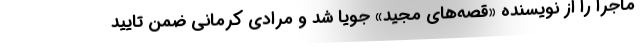
ماجرا را از نویسنده «قصه‌های مجید» جویا شد و مرادی ‌کرمانی ضمن تایید